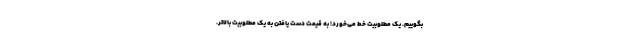
بگوییم. یک مطلوبیت خط می‌خورد؛ به قیمت دست یافتن به یک مطلوبیت بالاتر.